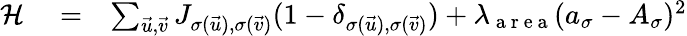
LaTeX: \begin{array}{rlr}{\mathcal{H}}&{{}=}&{\sum_{\vec{u},\vec{v}}J_{\sigma(\vec{u}),\sigma(\vec{v})}(1-\delta_{\sigma(\vec{u}),\sigma(\vec{v})})+\lambda_{\mathrm{~a~r~e~a~}}(a_{\sigma}-A_{\sigma})^{2}}\end{array}